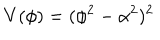
V ( \phi ) = ( \phi ^ { 2 } - \alpha ^ { 2 } ) ^ { 2 }